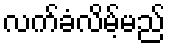
လက်ခံလိမ့်မည်